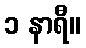
၁ နာရီ။